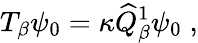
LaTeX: T_{\beta}\psi_{0}=\kappa\widehat{Q}_{\beta}^{1}\psi_{0}\; ,